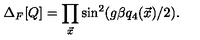
\Delta _ { F } [ Q ] = \prod _ { { \vec { x } } } \sin ^ { 2 } ( g \beta q _ { 4 } ( { \vec { x } } ) / 2 ) .